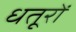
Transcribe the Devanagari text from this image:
धतूरों